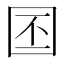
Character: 𪢩